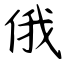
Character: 俄